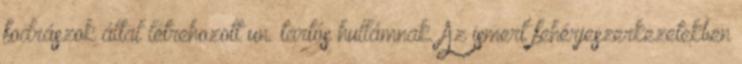
fodrászok által létrehozott un. tartós hullámnak. Az ismert fehérjeszerkezetekben